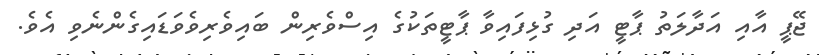
ޖޭޕީ އާއި އަދާލަތު ޕާޓީ އަދި ގުޅިފައިވާ ޕާޓީތަކުގެ އިސްވެރިން ބައިވެރިވެވަޑައިގެންނެވި އެވެ.